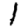
Digit: 1